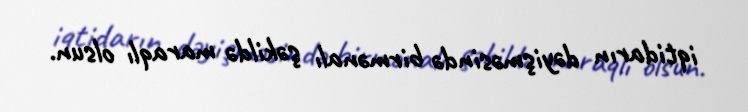
iqtidarın dəyişməsində birmənalı şəkildə maraqlı olsun.